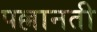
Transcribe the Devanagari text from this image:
पल्लानती